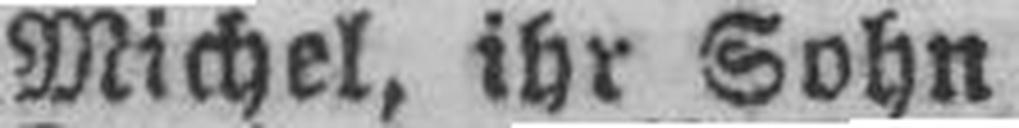
Michel, ihr Sohn